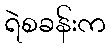
ရဲစခန်းက